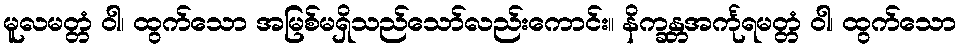
မူလမတ္တံ ဝါ၊ ထွက်သော အမြစ်မရှိသည်သော်လည်းကောင်း။ နိက္ခန္တအင်္ကုရမတ္တံ ဝါ၊ ထွက်သော